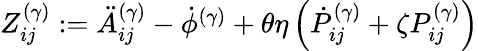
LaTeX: \begin{array}{r}{Z_{ij}^{(\gamma)}:=\ddot{A}_{ij}^{(\gamma)}-\dot{\phi}^{(\gamma)}+\theta\eta\left(\dot{P}_{ij}^{(\gamma)}+\zeta P_{ij}^{(\gamma)}\right)}\end{array}